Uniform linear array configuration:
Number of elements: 12
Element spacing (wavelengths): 0.5
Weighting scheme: uniform
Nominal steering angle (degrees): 0
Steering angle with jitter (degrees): -1.291
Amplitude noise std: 0.05
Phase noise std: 0.05

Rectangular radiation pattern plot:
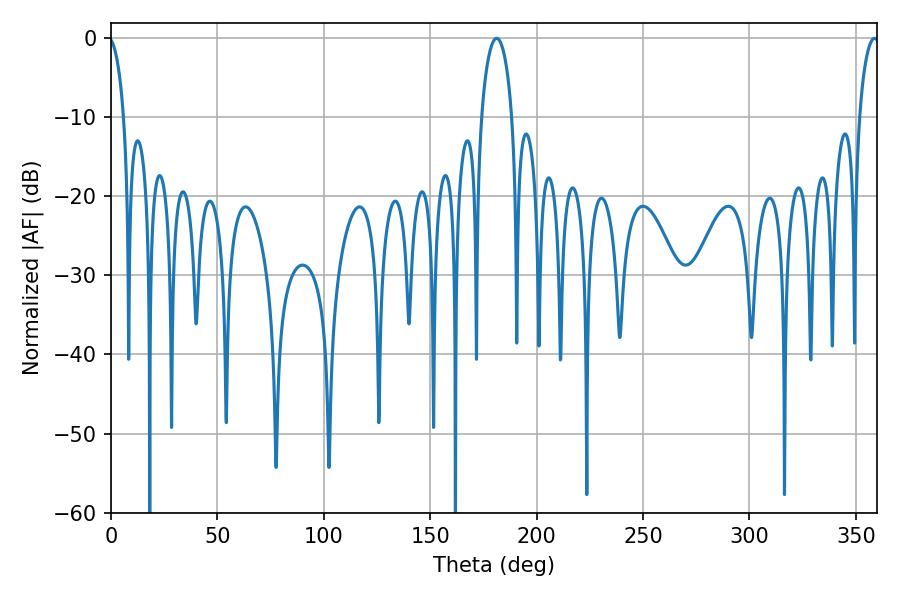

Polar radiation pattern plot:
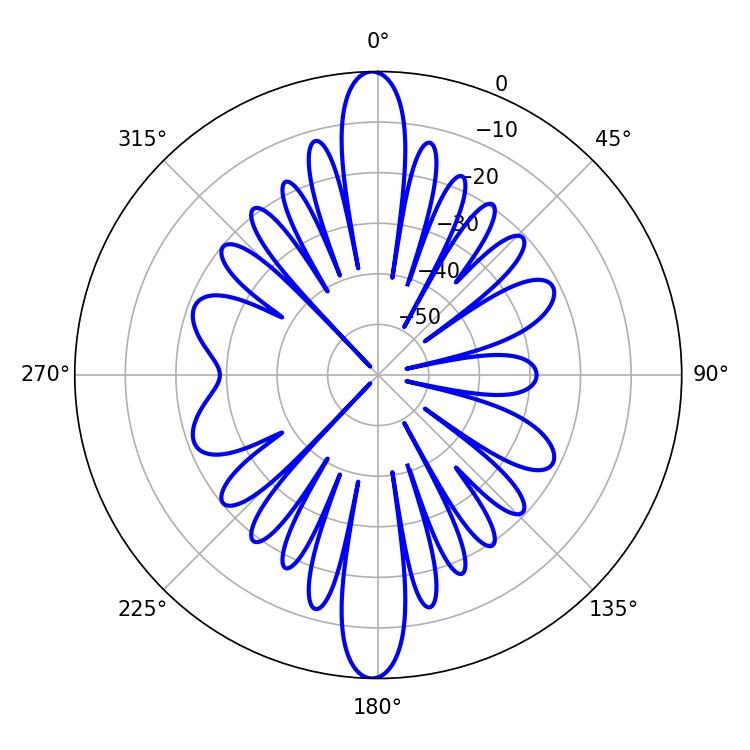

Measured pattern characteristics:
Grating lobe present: FALSE
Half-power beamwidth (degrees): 5.4
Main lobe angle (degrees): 358.74